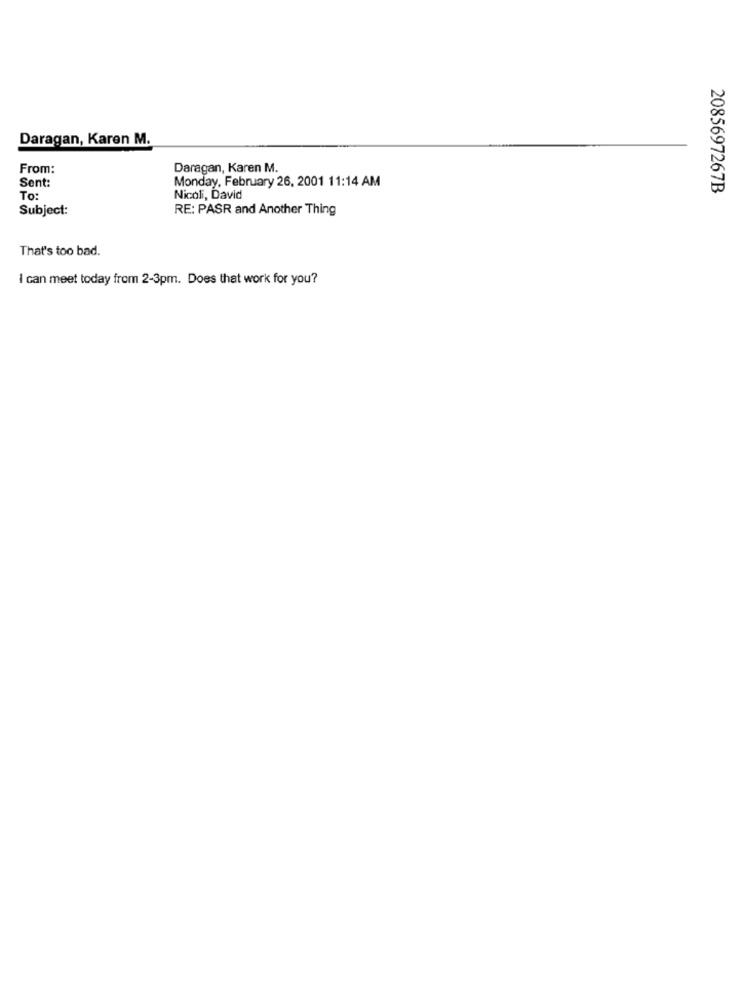
Daragan, Karen M.
From:
Daragan, Karen M.
Sent:
Monday, February 26, 2001 11:14 AM
2085697267B
To:
Nicoli, David
Subject:
RE: PASR and Another Thing
That's too bad.
I can meet today from 2-3pm. Does that work for you?